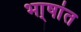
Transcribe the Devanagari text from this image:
भा्षांत